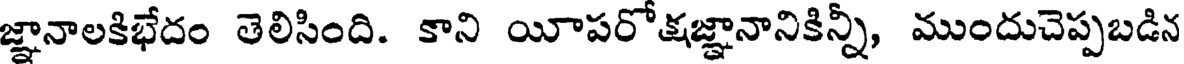
జ్ఞానాలకిభేదం తెలిసింది. కాని యీపరోక్షజ్ఞానానికిన్నీ, ముందుచెప్పబడిన